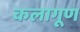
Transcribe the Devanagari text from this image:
कलागूण